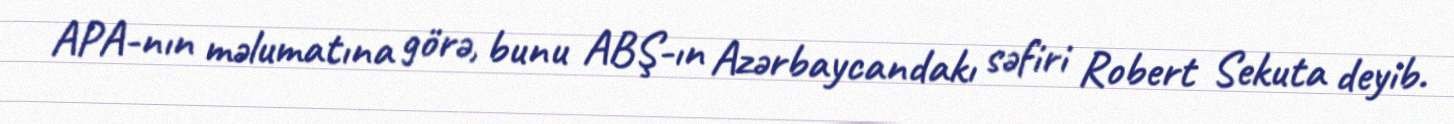
APA-nın məlumatına görə, bunu ABŞ-ın Azәrbaycandakı sәfiri Robert Sekuta deyib.